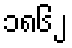
၁၈၆၂